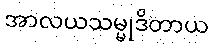
အာလယသမ္မုဒိတာယ